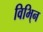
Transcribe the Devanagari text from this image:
विभि्न